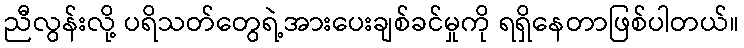
ညီလွန်းလို့ ပရိသတ်တွေရဲ့အားပေးချစ်ခင်မှုကို ရရှိနေတာဖြစ်ပါတယ်။